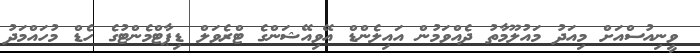
ވީނިއުސްއަށް މިއަދު މައުލޫމާތު ދެއްވަމުން އައިލެންޑް އޭވިއޭޝަންގެ ޓްރެވަލް ޑިޕާޓްމެންޓުގެ ހެޑް މުހައްމަދު